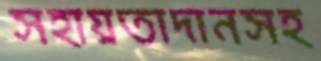
সহায়তাদানসহ